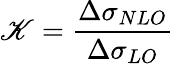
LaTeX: \mathscr{K}=\frac{{\Delta\sigma_{NLO}}}{{\Delta\sigma_{LO}}}